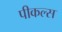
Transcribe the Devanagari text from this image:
पीकल्स